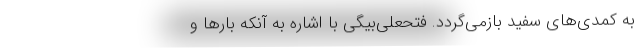
به کمدی‌های سفید بازمی‌گردد. فتحعلی‌بیگی با اشاره به آنکه بارها و